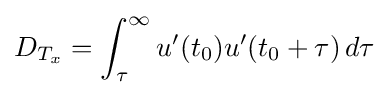
D_{T_{x}}=\int _{\tau }^{\infty }u'(t_{0})u'(t_{0}+\tau )\,d\tau